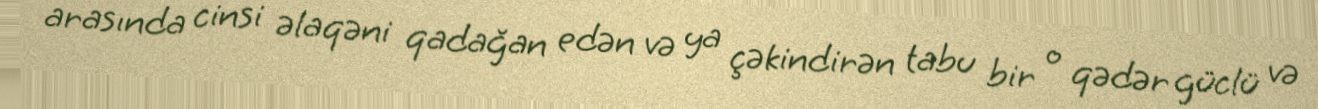
arasında cinsi əlaqəni qadağan edən və ya çəkindirən tabu bir o qədər güclü və